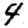
Digit: 4